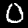
Label: 0